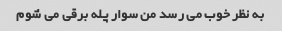
به نظر خوب می رسد من سوار پله برقی می شوم